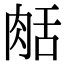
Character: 𦧘